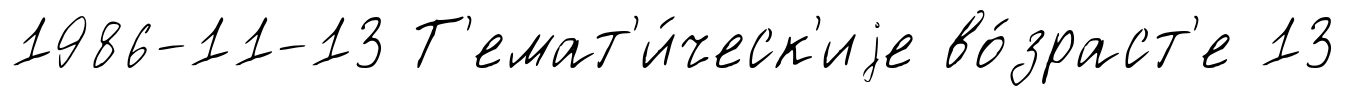
1986-11-13 Т'емат'и́ческ'иjе во́зраст'е 13